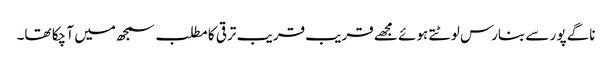
ناگے پور سے بنارس لوٹتے ہوئے مجھے قریب قریب ترقی کا مطلب سمجھ میں آ چکا تھا۔